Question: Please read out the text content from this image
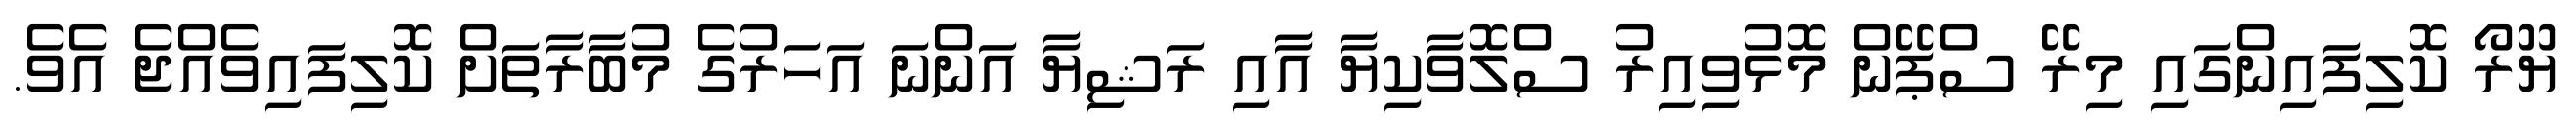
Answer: ޔޫރޯ ކޮލިފައިންގައި މިރޭ ސްޕޭން މޮޅުވިއިރު ސްލޮވާކިޔާ އާއި ރަޝިޔާ އަންނަ އަހަރުގެ މުބާރާތަށް ކޮލިފައިވެއްޖެ އެވެ.